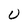
Character: U